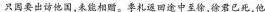
只因要出访他国，未能相赠。季札返田途中至徐，徐君已死，他